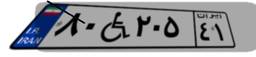
۸۰W۲۰۵۴۱